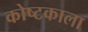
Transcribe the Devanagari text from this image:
कोष्टकाला